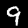
Label: 9